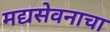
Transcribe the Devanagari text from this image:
मद्यसेवनाचा